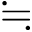
\fallingdotseq